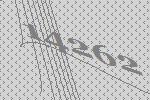
14262